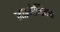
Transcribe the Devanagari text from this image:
जाइजेन्टियस